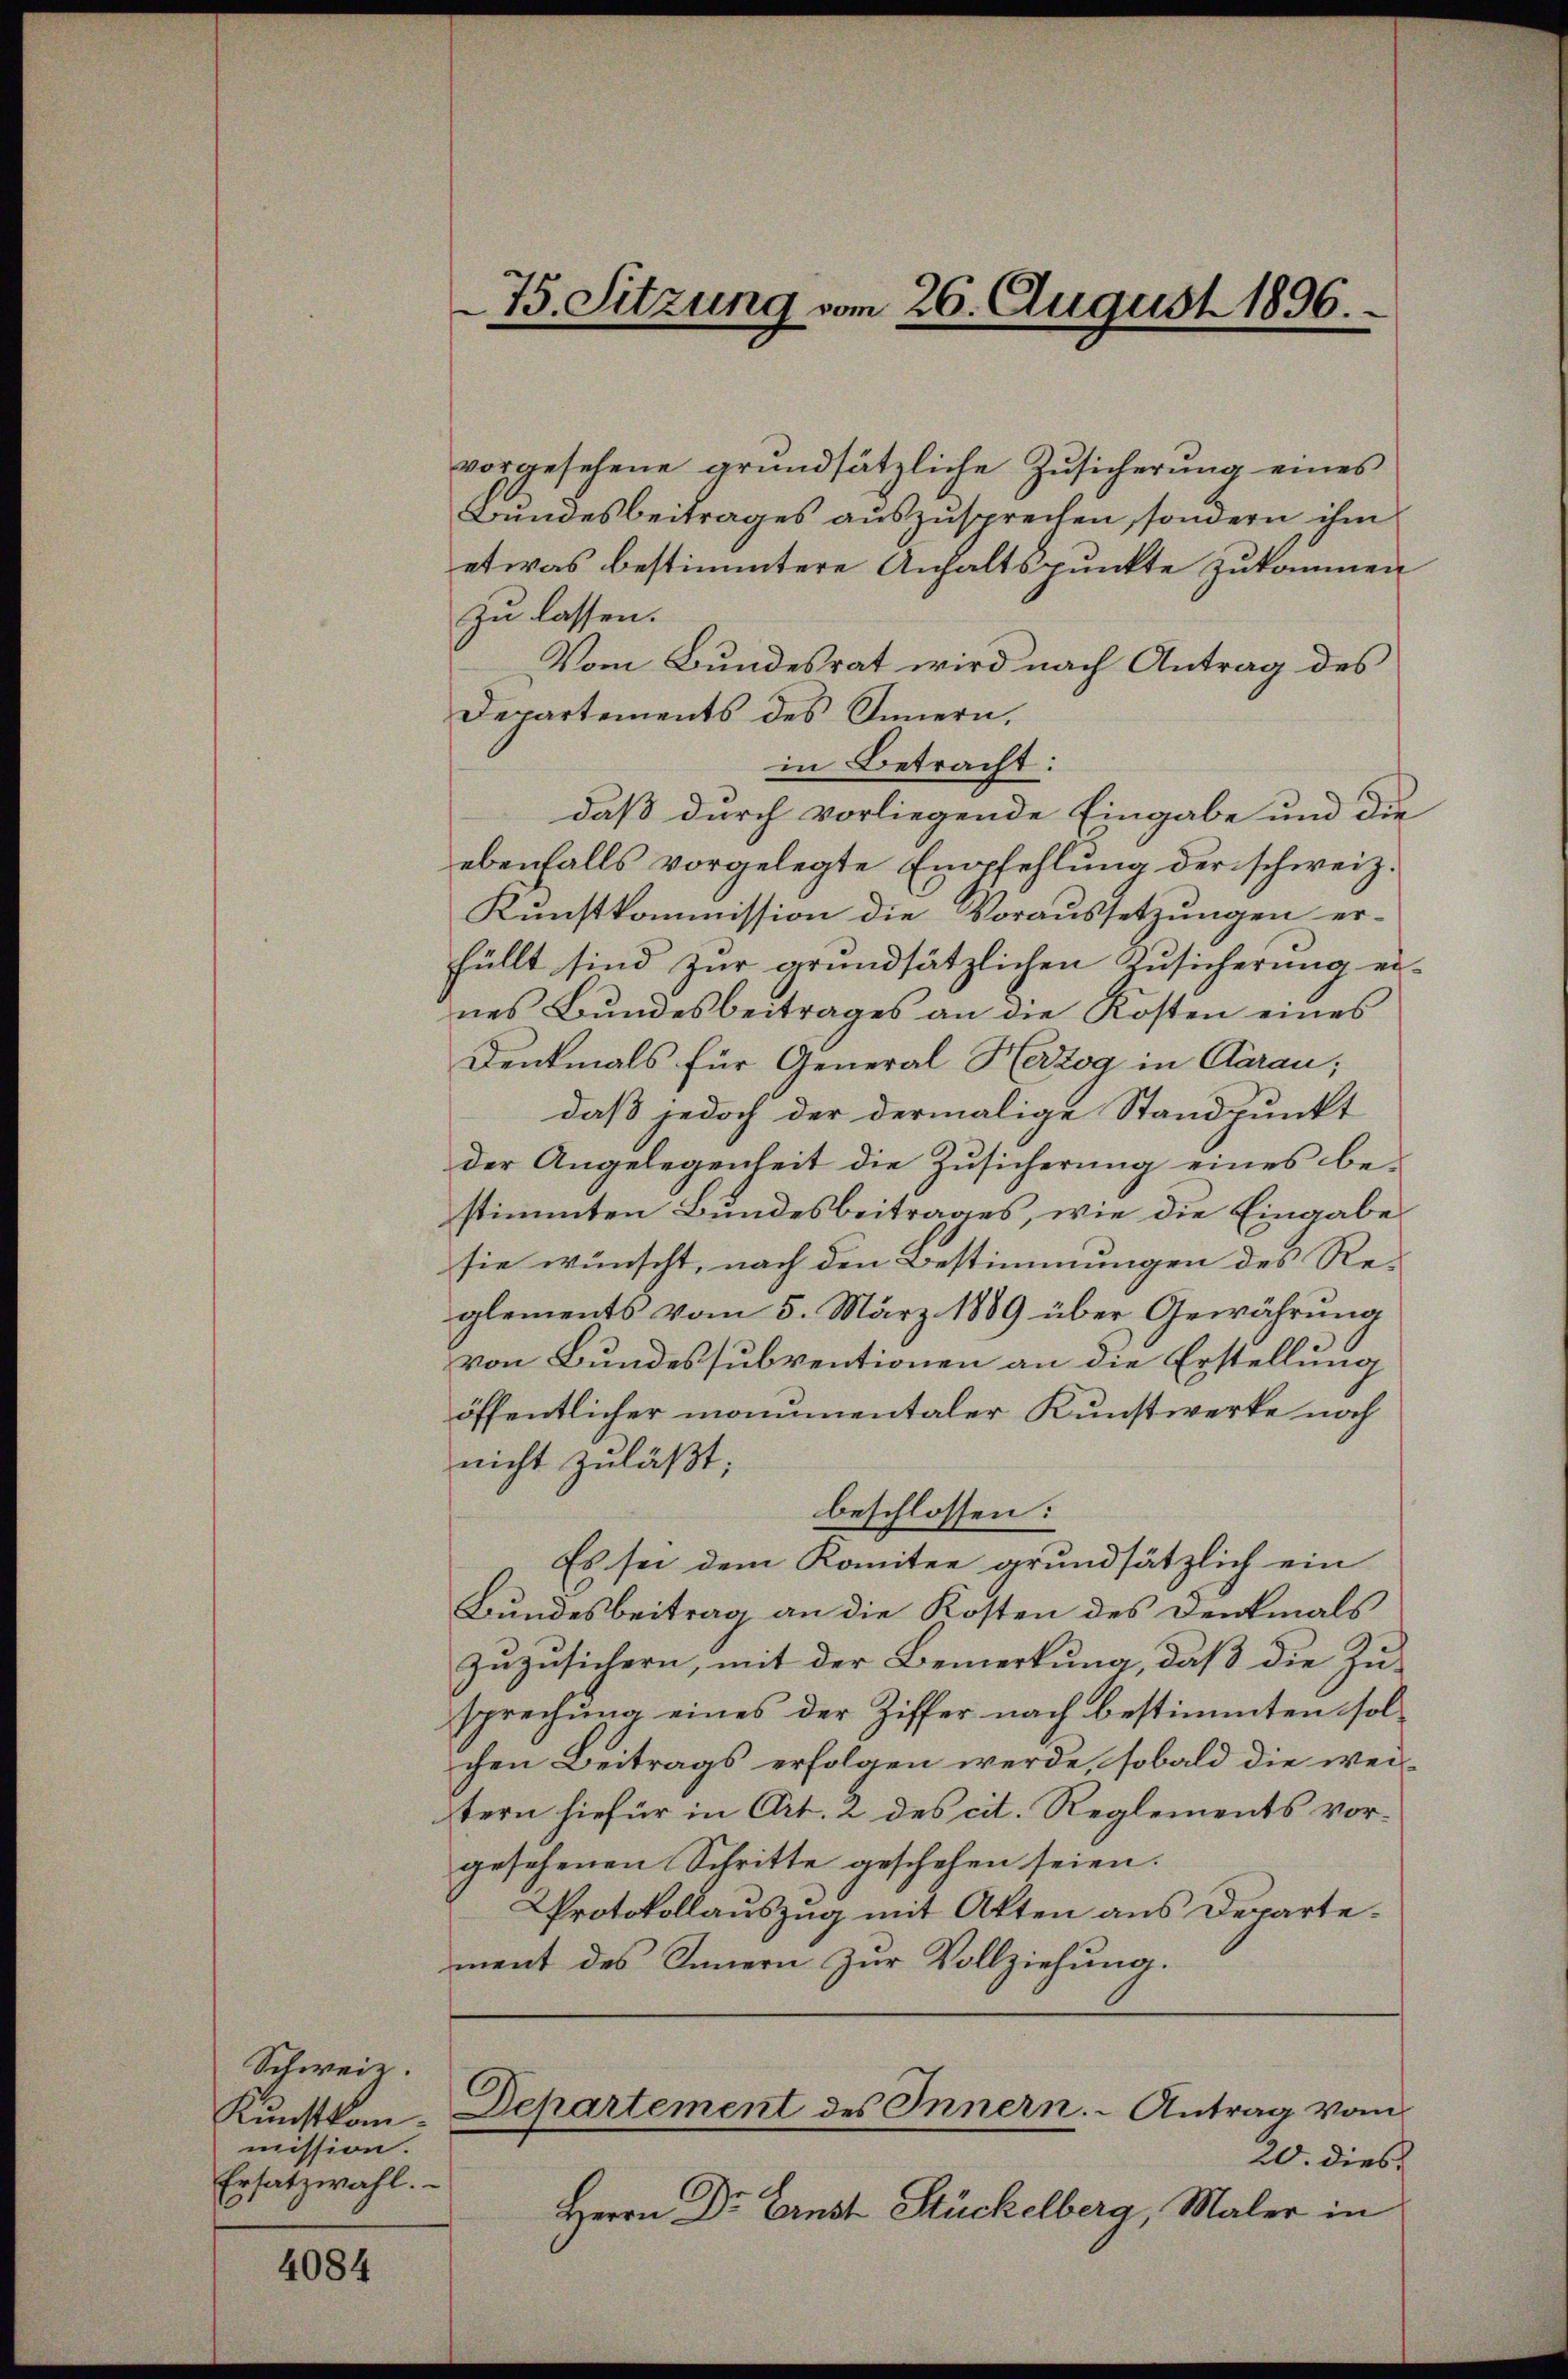
Schweiz.
Kunstkommission.
Ersatzwahl.

4084

vorgesehene grundsätzliche Zusicherung eines
Bundesbeitrages auszusprechen, sondern ihm
etwas bestimmtere Anhaltspunkte zukommen
zu lassen.
Vom Bundesrat wird nach Antrag des
Departements des Innern,
in Betracht:
daß durch vorliegende Eingabe und die
ebenfalls vorgelegte Empfehlung der schweiz.
Kunstkommission die Voraussetzungen er-
füllt sind zur grundsätzlichen Zusicherung ei-
nes Bundesbeitrages an die Kosten eines
Denkmals für General Herzog in Aarau;
daß jedoch der dermalige Standpunkt
der Angelegenheit die Zŭsicherung eines be-
stimmten Bundesbeitrages, wie die Eingabe
sie wünscht, nach den Bestimmungen des Reglements vom 5. März 1889 über Gewährung
von Bundessubventionen an die Erstellung
öffentlicher manunentaler Kunstwerke noch
nicht zuläßt:
beschlossen:
Es sei dem Komitee grundsätzlich ein
Bundesbeitrag an die Kosten des Denkmals
zuzusichern, mit der Bemerkung, daß die Zusprechung eines der Ziffer nach bestimmten solchen Beitrags erfolgen werde, sobald die weitern hiefür in Art. 2 des cit. Reglements vorgesehenen Schritte geschehen seien.
Protokollauszug mit Akten aus Departement des Innern zur Vollziehung.

75. Sitzung vom 26. August 1896.

Departement des Innern. Antrag vom

20. dies
Herrn Dr. Ernst Stückelberg, Maler in